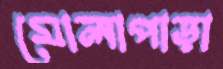
মোলাপাড়া